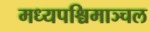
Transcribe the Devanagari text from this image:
मध्यपश्चिमाञ्चल